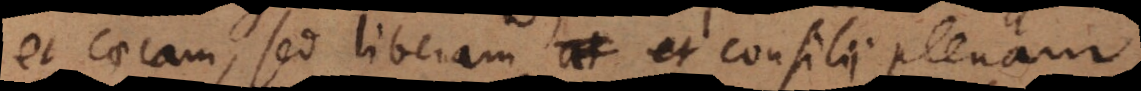
et caecam, sed liberam et consilii plenam